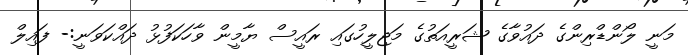
މަނީ ލޯންޑްރިންގެ ދައުވާގެ ޝަރީއަތުގެ މަޖިލީހުގައި ރައީސް ޔާމީން ވާހަކަފުޅު ދައްކަވަނީ:- ފައިލް